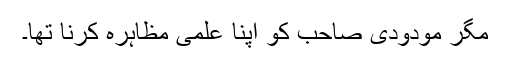
مگر مودودی صاحب کو اپنا علمی مظاہرہ کرنا تھا۔